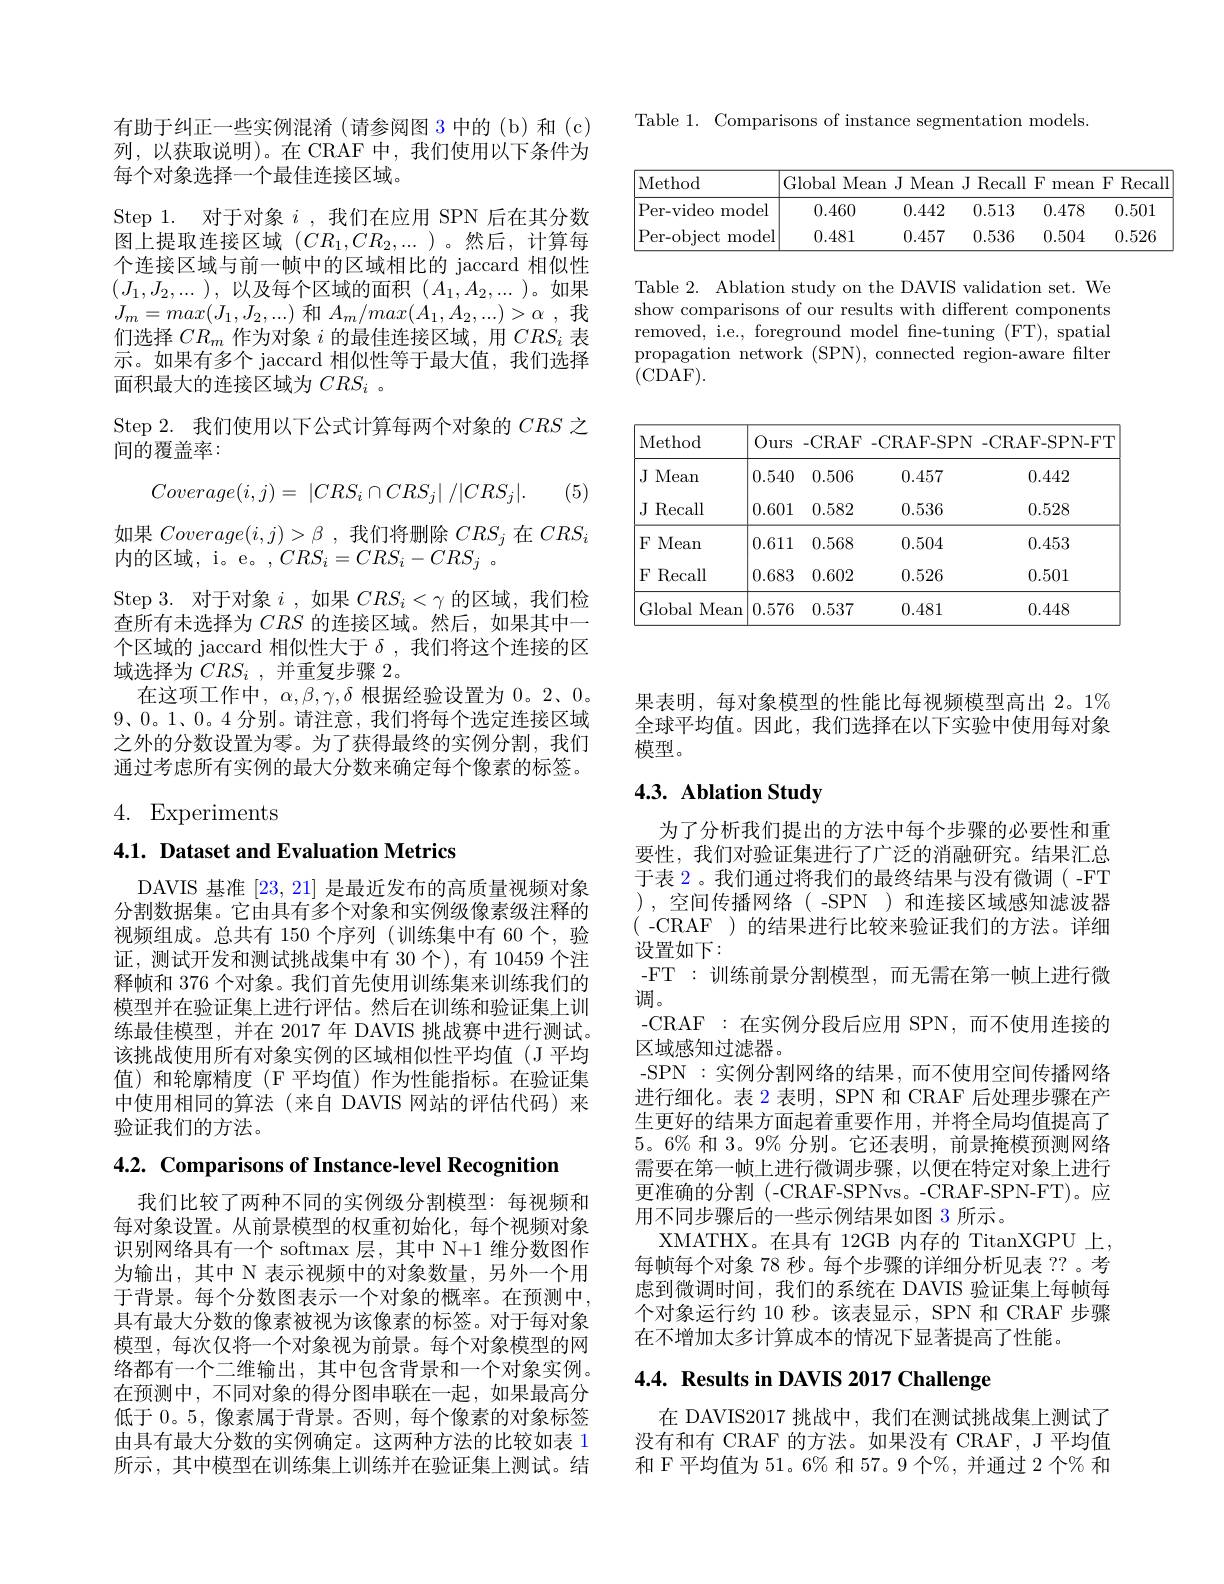
Table 1. Comparisons of instance segmentation models.

<table>
	<tbody>
		<tr>
			<th>Method</th>
			<th>Global Mean</th>
			<th>J Mean</th>
			<th>${\mathrm{J~Recall}}$</th>
			<th>$F$ mean</th>
			<th>$F$ $\operatorname{Recall}$</th>
		</tr>
		<tr>
			<th>Per-video model</th>
			<th>0.460</th>
			<th>0.442</th>
			<th>0.513</th>
			<th>0.478</th>
			<th>0.501</th>
		</tr>
		<tr>
			<td>Per- object r model</td>
			<td>0.481</td>
			<td>0.457</td>
			<td>0.536</td>
			<td>0.504</td>
			<td>0.526</td>
		</tr>
	</tbody>
</table>

Table 2. Ablation study on the DAVIS validation set. We show comparisons of our results with different components removed, i.e., foreground model fne-tuning (FT), spatial propagation network (SPN), connected region-aware filter ${\tilde{(}{\tilde{\mathrm{CDAF}}}).}$

<table>
	<tbody>
		<tr>
			<th>Method</th>
			<th>$(0)_{1}$ urs</th>
			<th>-CRAF</th>
			<th>-CRAF- SPN</th>
			<th>-CRAF- SPN- FT</th>
		</tr>
		<tr>
			<td> Mean $J$</td>
			<td>0.540</td>
			<td>0.506</td>
			<td>0.457</td>
			<td>0.442</td>
		</tr>
		<tr>
			<td>$JI$ Recall</td>
			<td>0.601</td>
			<td>0.582</td>
			<td>0.536</td>
			<td>0.528</td>
		</tr>
		<tr>
			<td>F Mean</td>
			<td>0.611</td>
			<td>0.568</td>
			<td>0.504</td>
			<td>0.453</td>
		</tr>
		<tr>
			<td>$F$ $\operatorname{Recall}$</td>
			<td>0.683</td>
			<td>0.602</td>
			<td>0.526</td>
			<td>0.501</td>
		</tr>
		<tr>
			<td>Global Mean</td>
			<td>0.576</td>
			<td>0.537</td>
			<td>0.481</td>
			<td>0.448</td>
		</tr>
	</tbody>
</table>

有助于纠正一些实例混淆(请参阅图 3 中的(b)和(c) 列，以获取说明)。在 CRAF 中，我们使用以下条件为每个对象选择一个最佳连接区域。
Step 1. 对于对象$i$ ,我们在应用 SPN 后在其分数图上提取连接区域$(CR_1,CR_2,\ldots)$。然后，计算每个连接区域与前一帧中的区域相比的 jaccard 相似性$(J_1,J_2,...)$,以及每个区域的面积$(A_1,A_2,...)$。如果$J_{m}=max(J_{1},J_{2},...)$和$A_m/max(A_{1},A_{2},...)>\alpha$我们选择$CR_m$作为对象$i$的最佳连接区域，用$CRS_i$表示。如果有多个 jaccard 相似性等于最大值，我们选择面积最大的连接区域为$CRS_i$ 。
Step 2. 我们使用以下公式计算每两个对象的$CRS$之
间的覆盖率：
$$Coverage(i,j)=\:|CRS_{i}\cap CRS_{j}|\:/|CRS_{j}|.$$
(5)
如果$Coverage(i,j)>\beta$ ,我们将删除$CRS_j$在$CRS_i$
内的区域，i。e。$, CRS_{i}= CRS_{i}- CRS_{j}$ .
Step 3. 对于对象$i$ ,如果$CRS_i<\gamma$的区域，我们检查所有未选择为$CRS$的连接区域。然后，如果其中个区域的 jaccard 相似性大于$\delta$ ,我们将这个连接的区域选择为$CRS_i$,并重复步骤 2。
在这项工作中，$\alpha,\beta,\gamma,\delta$根据经验设置为 0。2、0。$9、0。1、0。4$分别。请注意，我们将每个选定连接区域之外的分数设置为零。为了获得最终的实例分割，我们通过考虑所有实例的最大分数来确定每个像素的标签。

4. Experiments

4.1. Dataset and Evaluation Metrics

DAVIS 基准[23,21]是最近发布的高质量视频对象分割数据集。它由具有多个对象和实例级像素级注释的视频组成。总共有 150 个序列 (训练集中有 60 个，验证，测试开发和测试挑战集中有 30 个), 有 10459 个注释帧和 376 个对象。我们首先使用训练集来训练我们的模型并在验证集上进行评估。然后在训练和验证集上训练最佳模型，并在 2017 年 DAVIS 挑战赛中进行测试。该挑战使用所有对象实例的区域相似性平均值(J 平均值)和轮廓精度(F平均值)作为性能指标。在验证集中使用相同的算法(来自 DAVIS 网站的评估代码)来验证我们的方法。

4.2. Comparisons of Instance-level Recognition

我们比较了两种不同的实例级分割模型：每视频和每对象设置。从前景模型的权重初始化，每个视频对象识别网络具有一个 softmax 层，其中 N+1 维分数图作为输出，其中 N 表示视频中的对象数量，另外一个用于背景。每个分数图表示一个对象的概率。在预测中， 具有最大分数的像素被视为该像素的标签。对于每对象模型，每次仅将一个对象视为前景。每个对象模型的网络都有一个二维输出，其中包含背景和一个对象实例。在预测中，不同对象的得分图串联在一起，如果最高分低于 0。5, 像素属于背景。否则，每个像素的对象标签由具有最大分数的实例确定。这两种方法的比较如表 1所示，其中模型在训练集上训练并在验证集上测试。结

果表明，每对象模型的性能比每视频模型高出 2。1% 全球平均值。因此，我们选择在以下实验中使用每对象模型。

## 4.3. Ablation Study

为了分析我们提出的方法中每个步骤的必要性和重要性，我们对验证集进行了广泛的消融研究。结果汇总于表 2。我们通过将我们的最终结果与没有微调(-FT ),空间传播网络(-SPN)和连接区域感知滤波器$({\mathrm{~-CRAF~)~}}$的结果进行比较来验证我们的方法。详细设置如下：
-FT : 训练前景分割模型，而无需在第一帧上进行微
调。
-CRAF:在实例分段后应用 SPN,而不使用连接的
区域感知过滤器。
-SPN :实例分割网络的结果 ,而不使用空间传播网络进行细化。表 2 表明，SPN 和 CRAF 后处理步骤在产生更好的结果方面起着重要作用，并将全局均值提高了$5。6\%$和 3。9% 分别。它还表明，前景掩模预测网络需要在第一帧上进行微调步骤，以便在特定对象上进行更准确的分割(-CRAF-SPNvs。-CRAF-SPN-FT)。应用不同步骤后的一些示例结果如图 3 所示。
XMATHX。在具有 12GB 内存的 TitanXGPU 上， 每帧每个对象 78 秒。每个步骤的详细分析见表 ??。考虑到微调时间，我们的系统在 DAVIS 验证集上每帧每个对象运行约 10 秒。该表显示，SPN 和 CRAF 步骤在不增加太多计算成本的情况下显著提高了性能。

# 4.4. Results in DAVIS 2017 Challenge

在 DAVIS2017 挑战中，我们在测试挑战集上测试了没有和有 CRAF 的方法。如果没有 CRAF, J 平均值和 F 平均值为 51。6% 和 57。9 个%, 并通过 2 个% 和